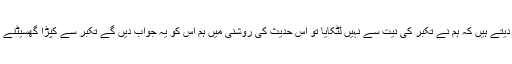
لہذا وہ لوگ جو اپنی شلوار یا کپڑا نیچے لٹکاتے ہیں اور پوچھنے پر یہ دلیل دیتے ہیں کہ ہم نے تکبر کی نیت سے نہیں لٹکایا تو اس حدیث کی روشنی میں ہم اس کو یہ جواب دیں گے تکبر سے کپڑا گھسیٹنے پر وعید مختلف ہے اور ٹخنے سے کپڑا نیچے رکھنے کی وعید مختلف ہے۔